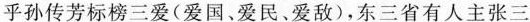
乎孙传芳标榜三爱(爱国、爱民、爱敌)，东三省有人主张三